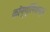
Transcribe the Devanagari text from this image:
कॉन्ग्रिगेशन्स